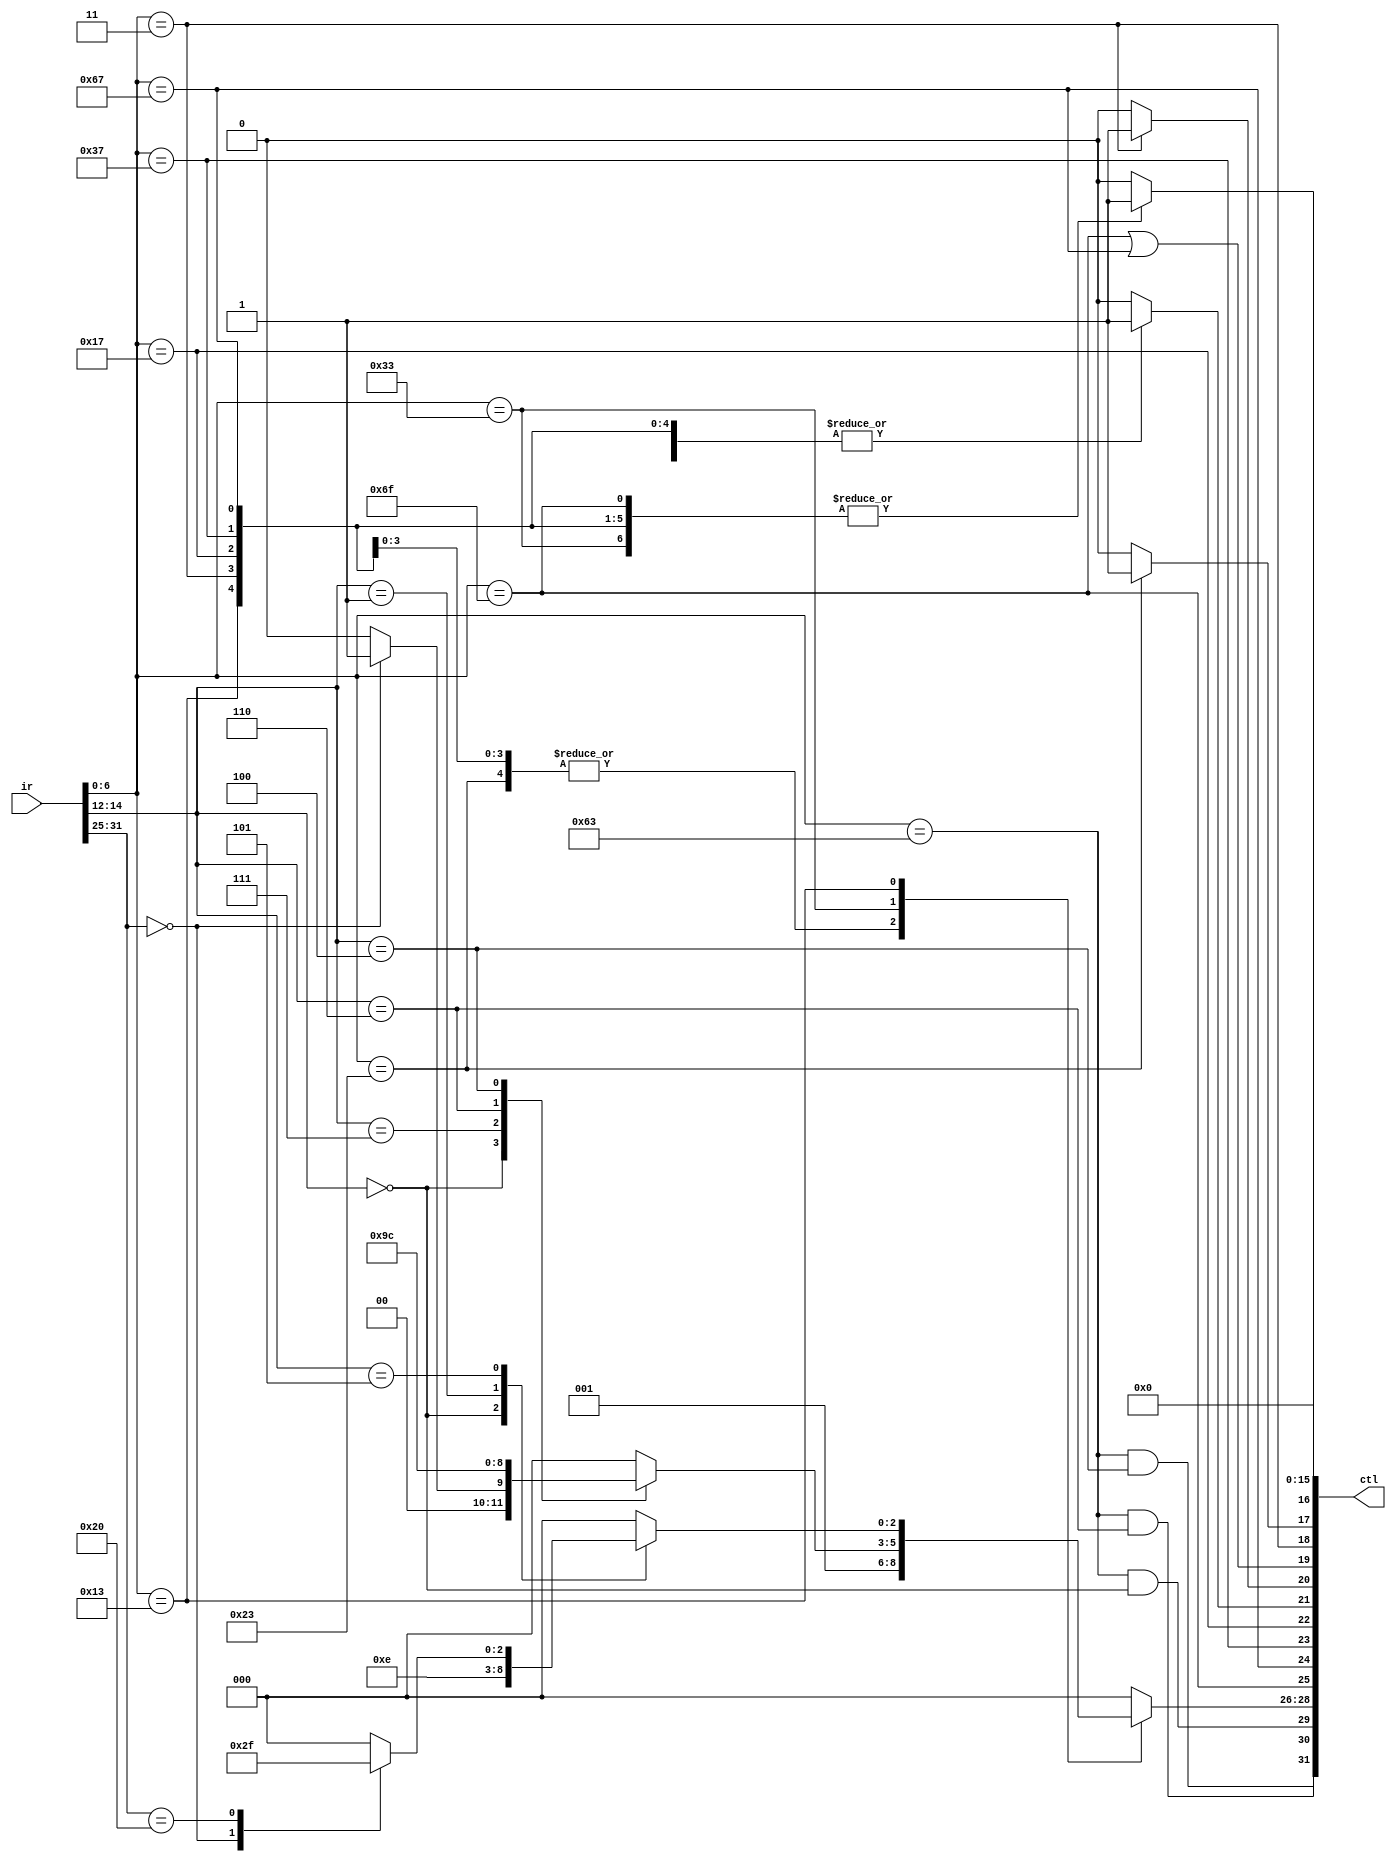
`timescale 1ns / 1ps
//////////////////////////////////////////////////////////////////////////////////
// Company: 
// Engineer: 
// 
// Design Name: 
// Module Name: control_unit
// Project Name: 
// Target Devices: 
// Tool Versions: 
// Description: 
// 
// Dependencies: 
// 
// Revision:
// Revision 0.01 - File Created
// Additional Comments:
// 
//////////////////////////////////////////////////////////////////////////////////


module control_unit(
    input  [31:0] ir,
    output [31:0] ctl
    );
    wire [2:0] br_flags;
    wire is_jal, is_jalr;
    wire is_lui, is_auipc, ra_to_reg;
    wire mem_read;
    reg [2:0] alu_op;
    reg alu_src;
    reg mem_to_reg;
    reg mem_write, reg_write;
    
    localparam OPCODE_ALU = 7'b011_0011, OPCODE_ALU_IMM = 7'b001_0011, OPCODE_LUI = 7'b011_0111, OPCODE_AUIPC = 7'b001_0111,
              OPCODE_LOAD = 7'b000_0011, OPCODE_STORE = 7'b010_0011, OPCODE_BRANCH = 7'b110_0011,
              OPCODE_JAL = 7'b110_1111, OPCODE_JALR = 7'b110_0111;

    localparam FUNCT3_ADDI = 3'b000, FUNCT3_SLLI = 3'b001, FUNCT3_SRLI_SRAI = 3'b101;

    localparam FUNCT3_BEQ = 3'b000, FUNCT3_BLT = 3'b100, FUNCT3_BLTU = 3'b110;

    localparam FUNCT3_ADD_SUB = 3'b000, FUNCT3_AND = 3'b111, FUNCT3_OR = 3'b110, FUNCT3_XOR = 3'b100;

    localparam FUNCT7_ADD = 7'b0, FUNCT7_SUB = 7'b0100000;

    localparam FUNCT7_SRLI = 7'b0, FUNCT7_SRAI = 7'b0100000;

    localparam ALU_OP_SUB = 3'd0, ALU_OP_ADD = 3'd1, ALU_OP_AND = 3'd2, ALU_OP_OR = 3'd3,
              ALU_OP_XOR = 3'd4, ALU_OP_SRLI = 3'd5, ALU_OP_SLLI = 3'd6, ALU_OP_SRAI = 3'd7;

    wire [6:0] opcode;
    wire [2:0] funct3;
    wire [6:0] funct7;
    assign opcode = ir[6:0];
    assign funct3 = ir[14:12];
    assign funct7 = ir[31:25];

    wire br_eq, br_lt, br_ltu;
    assign br_eq = (opcode == OPCODE_BRANCH) && (funct3 == FUNCT3_BEQ);
    assign br_lt = (opcode == OPCODE_BRANCH) && (funct3 == FUNCT3_BLT);
    assign br_ltu = (opcode == OPCODE_BRANCH) && (funct3 == FUNCT3_BLTU);
    assign br_flags = {br_ltu, br_lt, br_eq};

    assign mem_read = (opcode == OPCODE_LOAD);

    assign is_jal = (opcode == OPCODE_JAL);
    assign is_jalr = (opcode == OPCODE_JALR);
    assign ra_to_reg = is_jal || is_jalr;

    assign is_lui = (opcode == OPCODE_LUI);
    assign is_auipc = (opcode == OPCODE_AUIPC);

    always @(*) begin
        // default values
        alu_op = 0; alu_src = 0;
        mem_to_reg = 0; mem_write = 0;
        reg_write = 0;
        case (opcode)
            OPCODE_JAL: reg_write = 1;

            OPCODE_JALR: begin
                alu_op = ALU_OP_ADD;
                alu_src = 1;
                reg_write = 1;
            end

            OPCODE_LUI: begin
                alu_op = ALU_OP_ADD;
                alu_src = 1;
                reg_write = 1;
            end
            OPCODE_AUIPC: begin
                alu_op = ALU_OP_ADD;
                alu_src = 1;
                reg_write = 1;
            end

            OPCODE_STORE: begin
                alu_op = ALU_OP_ADD;
                alu_src = 1;
                mem_write = 1;
            end
            OPCODE_LOAD: begin
                alu_op = ALU_OP_ADD;
                alu_src = 1;
                mem_to_reg = 1;
                reg_write = 1;
            end

            OPCODE_BRANCH: begin
                alu_op = ALU_OP_SUB;
            end

            OPCODE_ALU: begin
                reg_write = 1;
                case (funct3)
                    FUNCT3_ADD_SUB: begin
                        case (funct7)
                            FUNCT7_ADD: alu_op = ALU_OP_ADD;
                            FUNCT7_SUB: alu_op = ALU_OP_SUB;
                            default: alu_op = 0;
                        endcase
                    end

                    FUNCT3_AND: alu_op = ALU_OP_AND;
                    FUNCT3_OR:  alu_op = ALU_OP_OR;
                    FUNCT3_XOR: alu_op = ALU_OP_XOR;

                    default: alu_op = 0;
                endcase
            end

            OPCODE_ALU_IMM: begin
                reg_write = 1;
                alu_src = 1;
                case (funct3)
                    FUNCT3_ADDI: alu_op = ALU_OP_ADD;
                    FUNCT3_SLLI: alu_op = ALU_OP_SLLI;
                    FUNCT3_SRLI_SRAI: begin
                        case (funct7)
                            FUNCT7_SRLI: alu_op = ALU_OP_SRLI;
                            FUNCT7_SRAI: alu_op = ALU_OP_SRAI;
                            default: alu_op = 0;
                        endcase
                    end
                    default: alu_op = 0;
                endcase
            end

            default: alu_op = 0;
        endcase
    end

    assign ctl = {
        br_flags[2:0],          // [31:29]
        alu_op[2:0],            // [28:26]
        is_jal, is_jalr,        // [25], [24]
        is_lui, is_auipc,       // [23], [22]
        alu_src,                // [21]
        mem_to_reg, ra_to_reg,  // [20], [19]
        mem_read, mem_write,    // [18], [17]
        reg_write,              // [16]
        16'b0
    };

endmodule